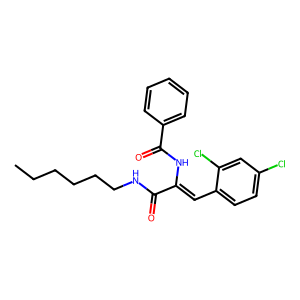
SMILES: CCCCCCNC(=O)C(=Cc1ccc(Cl)cc1Cl)NC(=O)c1ccccc1
Inhibits HIV replication: No